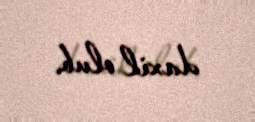
daxil olub.